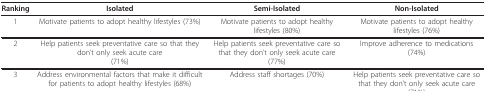
| Ranking | Isolated | Semi-Isolated | Non-Isolated |
 | --- | --- | --- | --- |
 | 1 | Motivate patients to adopt healthy lifestyles (73%) | Motivate patients to adopt healthy lifestyles (80%) | Motivate patients to adopt healthy lifestyles (76%) |
 | 2 | Help patients seek preventative care so that they don't only seek acute care(71%) | Help patients seek preventative care so that they don't only seek acute care(77%) | Improve adherence to medications(74%) |
 | 3 | Address environmental factors that make it difficult for patients to adopt healthy lifestyles (68%) | Address staff shortages (70%) | Help patients seek preventative care so that they don't only seek acute care(71%) |